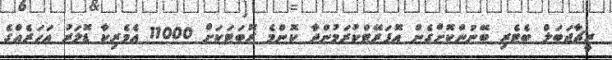
ރީޗާޖަބަލް ބެޓެރި ބޭނުންކޮށްގެން އޮޕަރޭޓްކުރަމުންދާ ކޮންމެ ރޮބަޓަކަށް 11000 އެމެރިކާ ޑޮލަރު އަހަރެއްގެ